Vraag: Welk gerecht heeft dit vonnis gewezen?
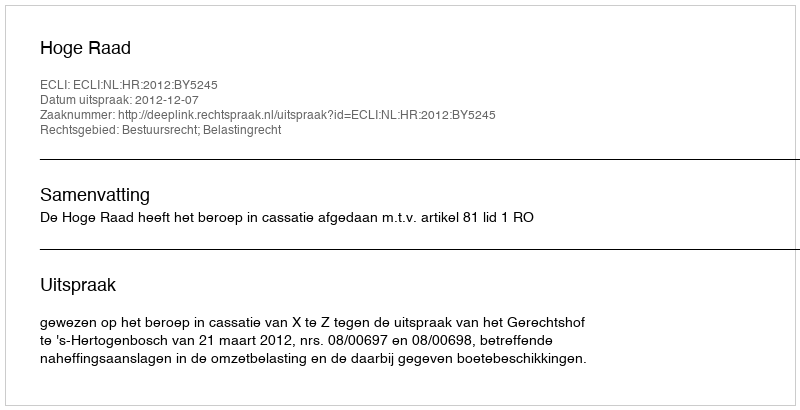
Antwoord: Hoge Raad